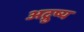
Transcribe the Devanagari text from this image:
अद्रुष्य